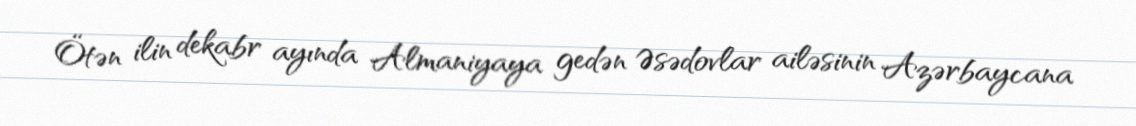
Ötən ilin dekabr ayında Almaniyaya gedən Əsədovlar ailəsinin Azərbaycana